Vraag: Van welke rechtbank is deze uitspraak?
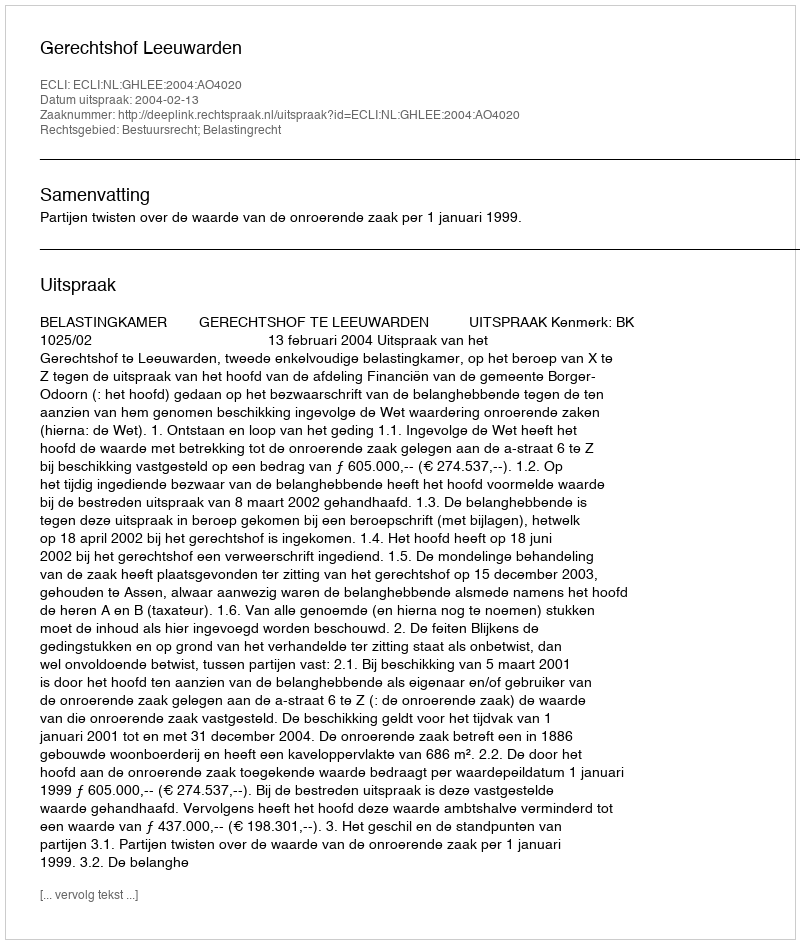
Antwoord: Gerechtshof Leeuwarden